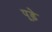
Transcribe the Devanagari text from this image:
पूड़े